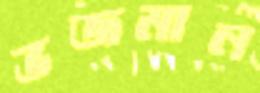
ভজমান